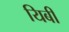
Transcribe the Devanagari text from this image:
यिबी